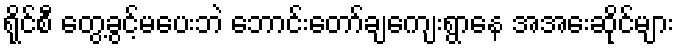
ရိုင်စီ တွေ့ခွင့်မပေးဘဲ ဘောင်းတော်ချကျေးရွာနေ အအေးဆိုင်များ